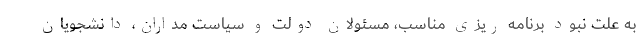
به علت نبود برنامه ریزی مناسب، مسئولان دولت و سیاست مداران، دانشجویان